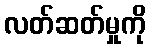
လတ်ဆတ်မှုကို